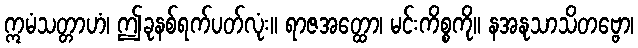
ဣမံသတ္တာဟံ၊ ဤခုနစ်ရက်ပတ်လုံး။ ရာဇအတ္ထော၊ မင်းကိစ္စကို။ နအနုသာသိတဗ္ဗော၊